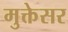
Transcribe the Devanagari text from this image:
मुक्तेसर